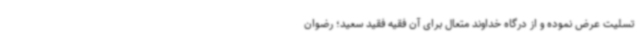
تسلیت عرض نموده و از درگاه خداوند متعال برای آن فقیه فقید سعید؛ رضوان